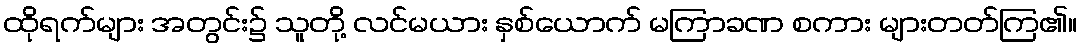
ထိုရက်များ အတွင်း၌ သူတို့ လင်မယား နှစ်ယောက် မကြာခဏ စကား များတတ်ကြ၏။